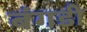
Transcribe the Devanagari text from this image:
बंगडी